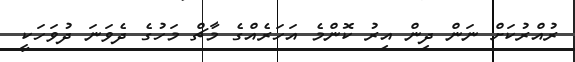
ރުއްރުކަށް ނަން ދިން އިރު ކޮންމެ އަހަރެއްގެ މާޗް މަހުގެ ދެވަނަ ދުވަހަކީ